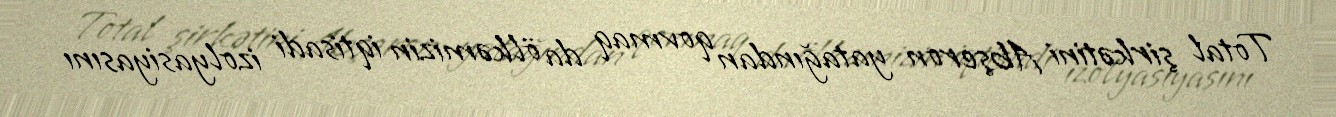
Total şirkətini Abşeron yatağından qovmaq da ölkəmizin iqtisadi izolyasiyasını